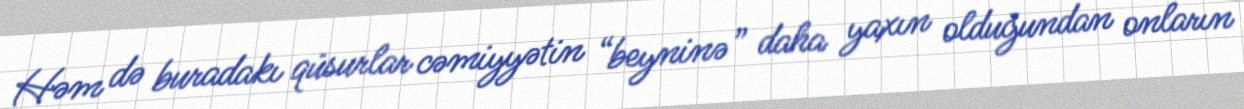
Həm də buradakı qüsurlar cəmiyyətin “beyninə” daha yaxın olduğundan onların